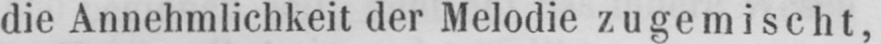
die Annehmlichkeit der Melodie zugemischt,